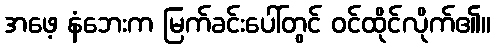
အဖေ့ နံဘေးက မြက်ခင်းပေါ်တွင် ဝင်ထိုင်လိုက်၏။